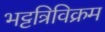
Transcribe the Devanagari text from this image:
भट्टत्रिविक्रम